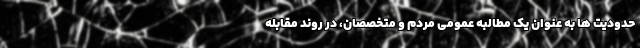
حدودیت ها به عنوان یک مطالبه عمومی مردم و متخصصان، در روند مقابله